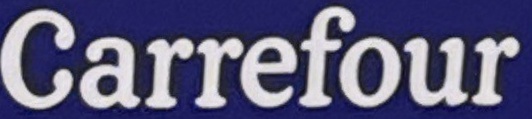
Carrfour